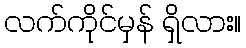
လက်ကိုင်မှန် ရှိလား။